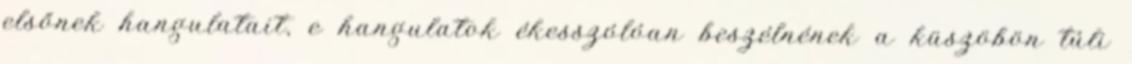
elsőnek hangulatait, e hangulatok ékesszólóan beszélnének a küszöbön túli